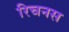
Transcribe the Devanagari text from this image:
रिचनस